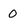
Character: 0